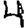
Digit: 4